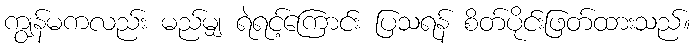
ကျွန်မကလည်း မည်မျှ ရဲရင့်ကြောင်း ပြသရန် စိတ်ပိုင်းဖြတ်ထားသည်။